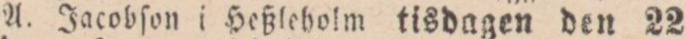
A. Jacobſon i Heßleholm tisdagen den 22